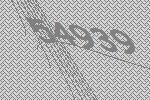
54939